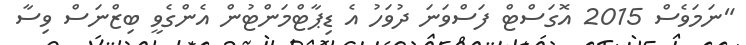
"ނަމަވެސް 2015 އޮގަސްޓް ފަސްވަނަ ދުވަހު އެ ޑިޕާޓްމަންޓުން އެންގެވީ ބިޒްނަސް ވިސާ